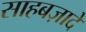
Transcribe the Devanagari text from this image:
साहबज़ादे